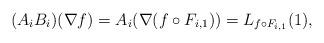
LaTeX: \begin{align*} (A_i B_i)(\nabla f) = A_i(\nabla(f\circ F_{i,1})) = L_{f \circ F_{i,1}}(1),\end{align*}